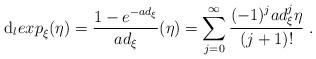
LaTeX: \begin{align*} \mbox{d}_l{exp}_{\xi}(\eta)=\frac{1-e^{-ad_{\xi}}}{ad_{\xi}}(\eta)=\sum_{j=0}^{\infty}\frac{(-1)^j ad_\xi^j\eta}{(j+1)!}\; . \end{align*}